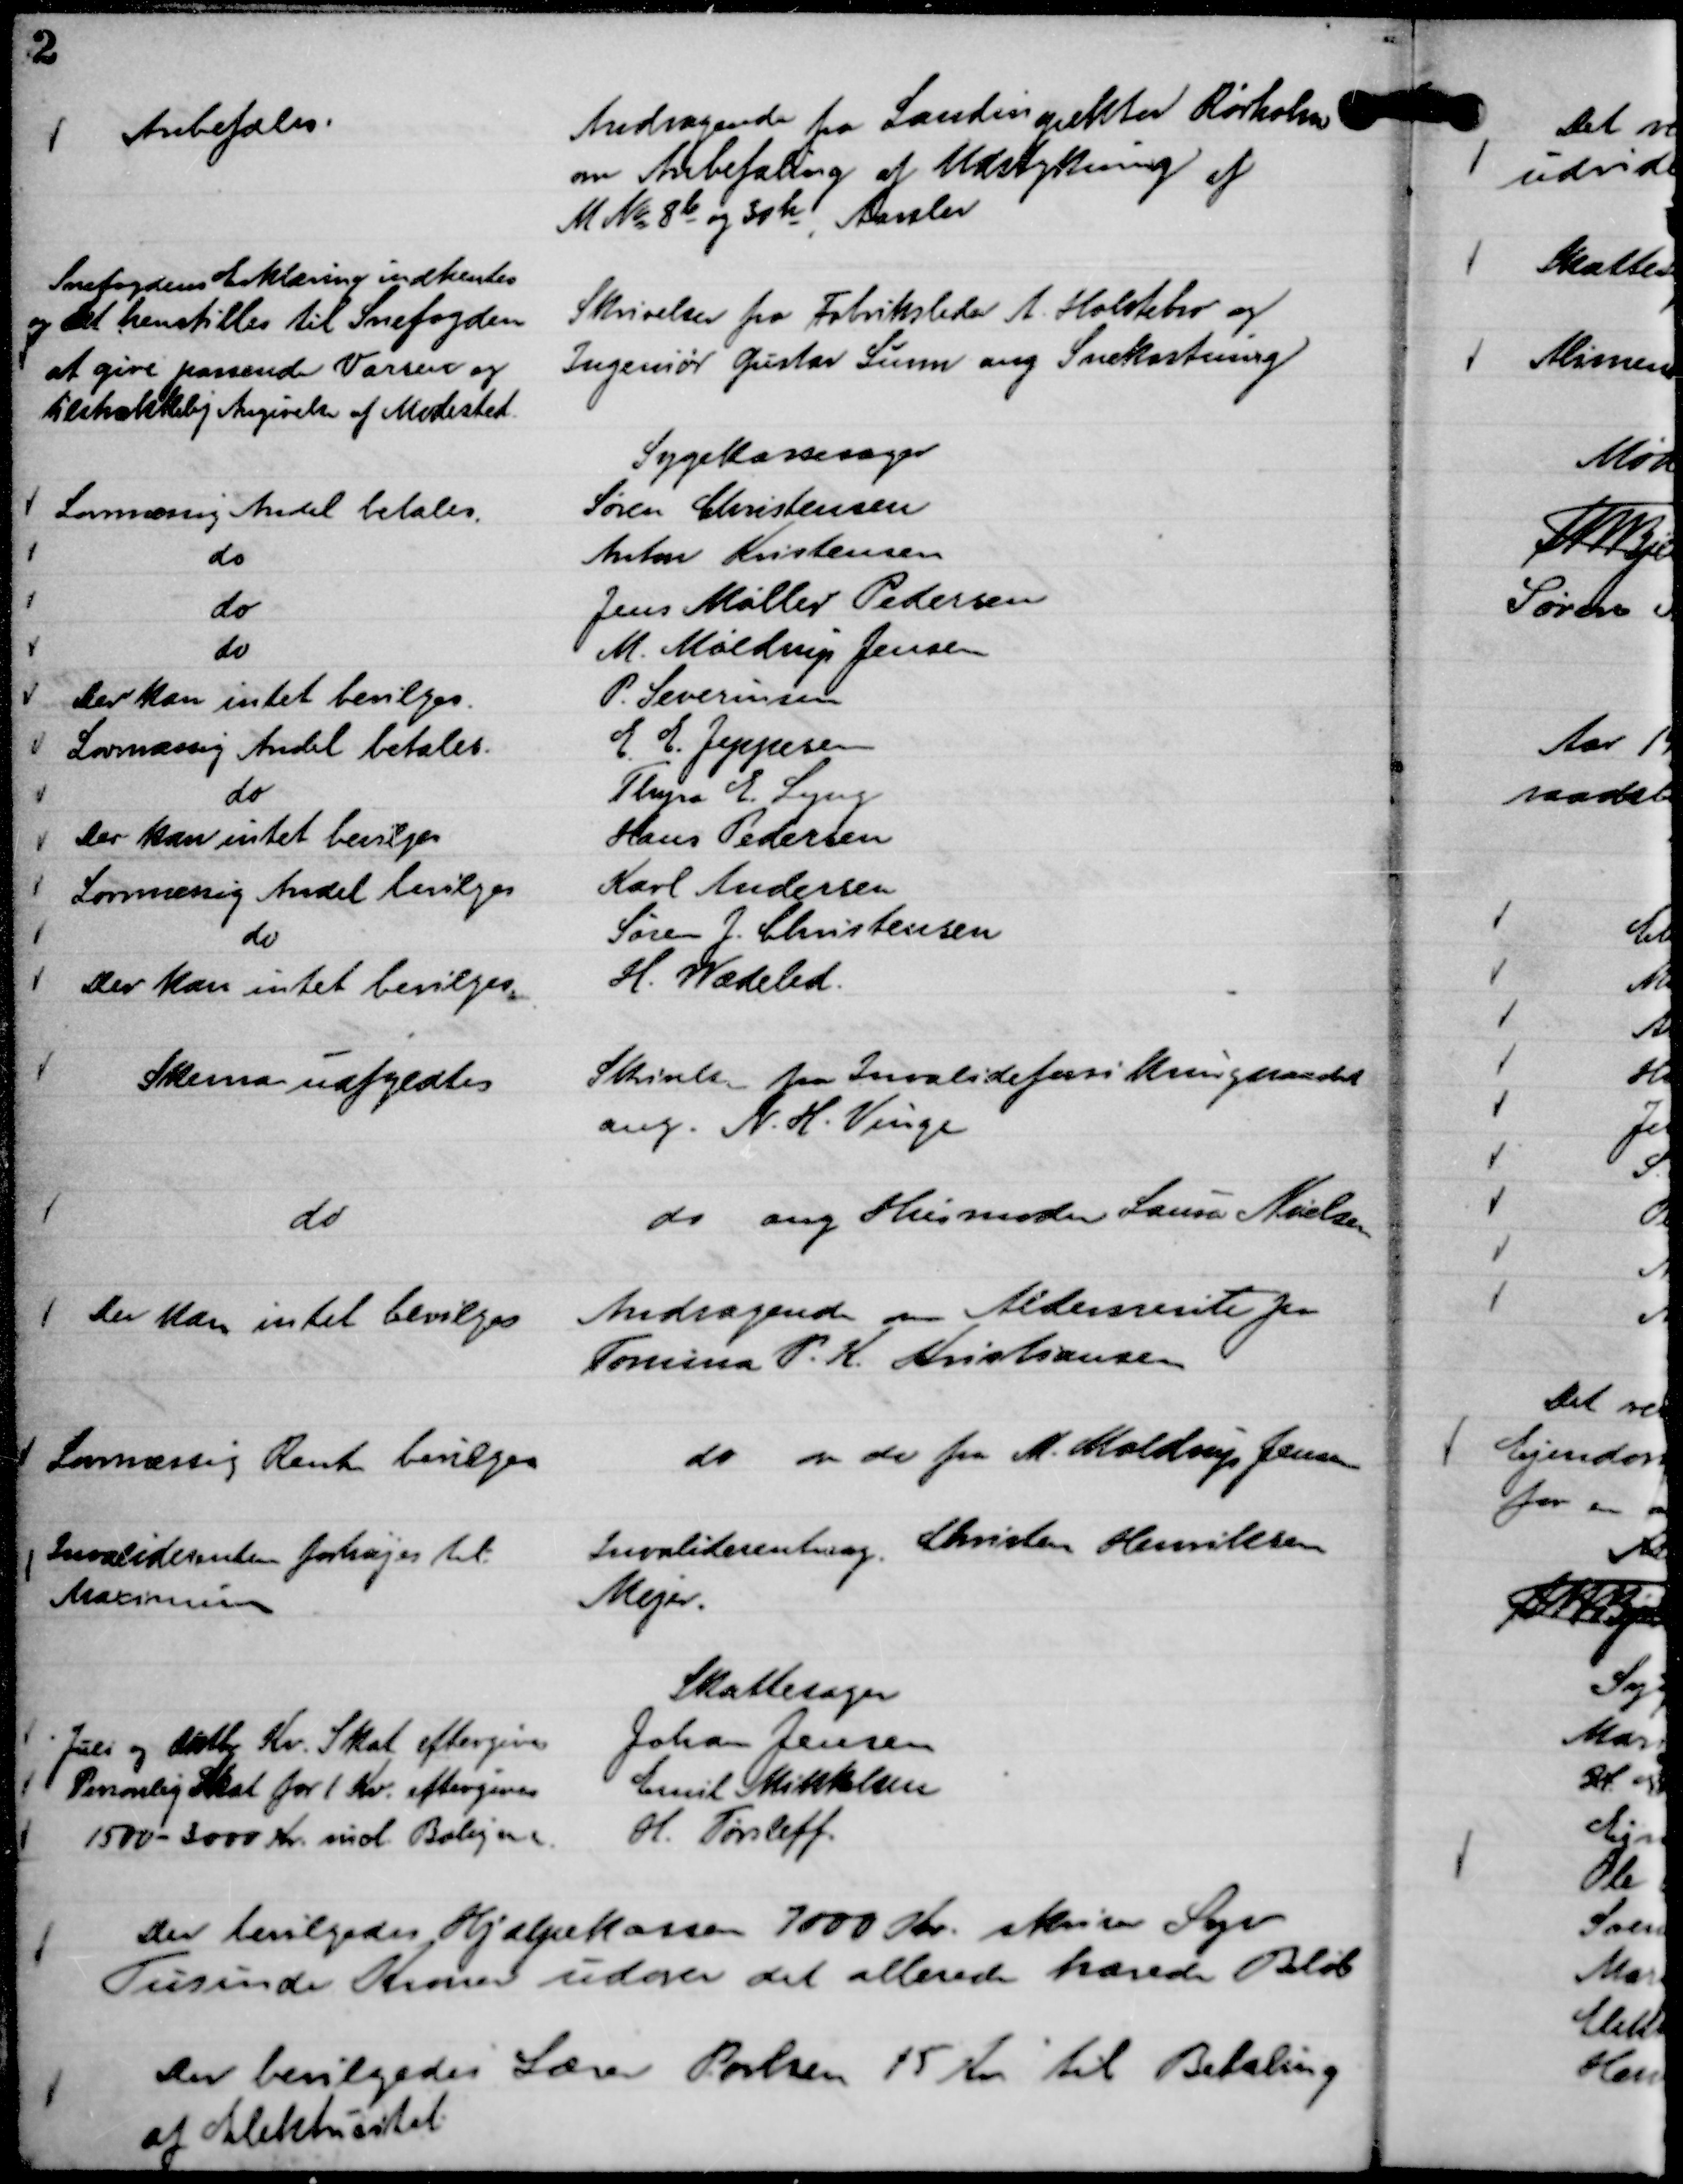
Transskription:
Andragende fra Landinspektør Rørholm
om Anbefaling af Udstykning af
M No 8 b og 30 h, Aarslev

Anbefales.

Skrivelser fra Fabriksleder A. Holstebro og
Ingeniør Gustav Sunn ang Snekastning

Snefogdens Erklæring indhentes
og det henstilles til Snefogden
at give passende Varsen og
tilstrækkelig Angivelse af Mødested.

Sygekassesager
Søren Christensen
Lovmæssig Andel betales.
Anton Kristensen
do
Jens Møller Pedersen
do
M. Møldrup Jensen
do
P. Severinsen
Der kan intet bevilges.
E. E. Jeppesen
Lovmæssig Andel betales.
Thyra E. Lyng
do
Hans Pedersen
Der kan intet bevilges
Karl Andersen
Lovmæssig Andel bevilges
Søren J. Christensen
do
H. Wædeled.
Der kan intet bevilges.

Skrivelse fra Invalideforsikringsraadet
ang. N. H. Vinge

Skema udfyldtes

do ang Husmoder Laura Nielsen

do

Andragende om Aldersrente fra
Tomina P. K. Kristiansen

Der kan intet bevilges

do om do fra M. Moldrup Jensen

Lovmæssig Rente bevilges

Invaliderentesag. Christen Henriksen
Mejer.

Invaliderenten forhøjes til
Maximum

Skattesager
Johan Jensen
Juli og Oktbr Kv. Skat eftergives
Emil Mikkelsen
Personlig Skat for 1 Kv. eftergives
H. Tørsleff.
1500 - 3000 Kr. incl. Boligen

Der bevilges Hjælpekassen 7000 Kr. skriver Syv
Tusinde Kroner udover det allerede hævede Beløb

Der bevilgedes Lærer Poulsen 15 Kr til Betaling
af Elektricitet.